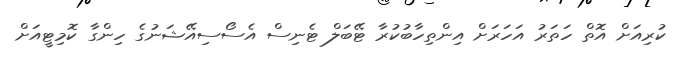
ކުރިއަށް އޮތް ހަތަރު އަހަރަށް އިންތިހާބުކުރާ ޓޭބަލް ޓެނިސް އެސޯސިއޭޝަނުގެ ހިންގާ ކޮމިޓީއަށް